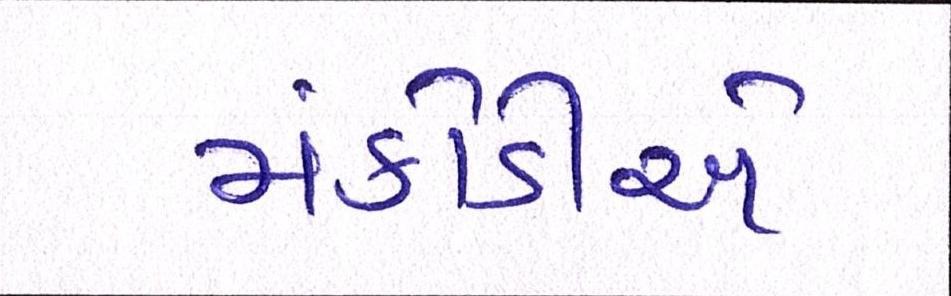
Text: મંકોડીએ